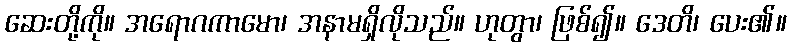
ဆေးတို့ကို။ အရောဂကာမော၊ အနာမရှိလိုသည်။ ဟုတွာ၊ ဖြစ်၍။ ဒေတိ၊ ပေး၏။